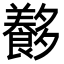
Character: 𡗍